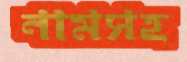
নামসহ